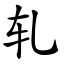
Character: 轧